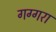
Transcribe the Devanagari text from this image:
गग्गरा